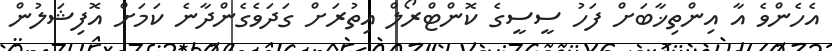
އެހެންވެ އާ އިންތިޚާބަށް ފަހު ސީސީގެ ކޮންޓްރޯލް އިތުރަށް ގަދަވެގެންދާނެ ކަމަށް އޮފިޝަލުން